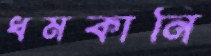
ধমকানি